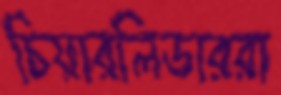
চিয়ারলিডাররা